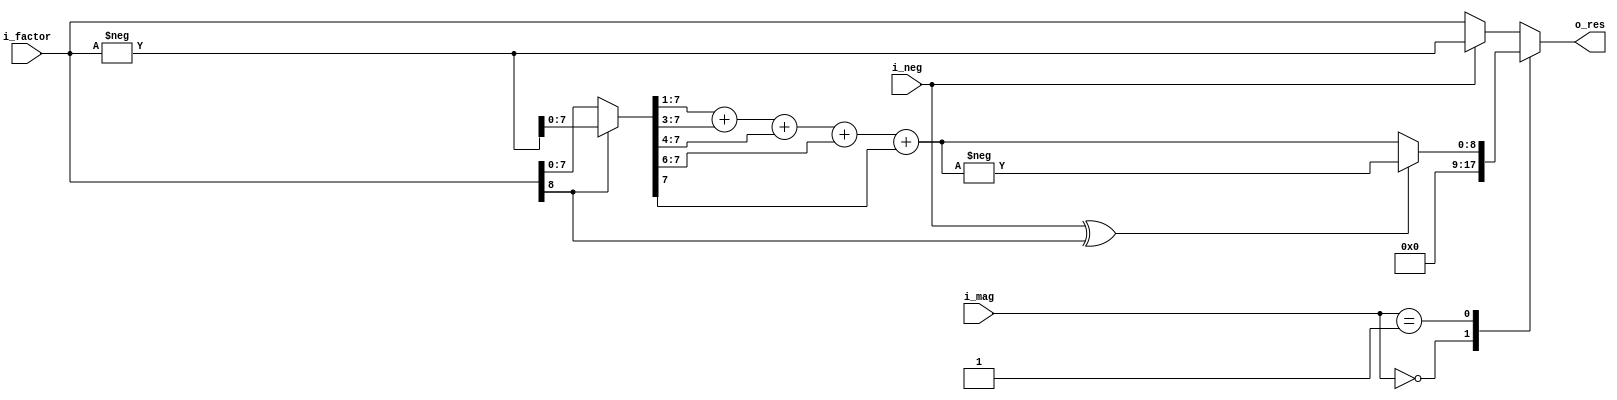
module multiply
  (
  input signed [8:0]      i_factor,
  input [1:0]             i_mag,
  input wire              i_neg,
  output reg signed [8:0] o_res
  );
  
  wire signed [8:0] w_abs = i_factor[8] ? -i_factor : i_factor;
  
  // We only expect i_mag to be 0, 1, 2 (0, 0.707, 1)
  always @(*) begin
    case (i_mag)
      2'b00:
        o_res = 9'b000000000;
      2'b01:
        o_res = i_neg^i_factor[8] ? -({2'b00, w_abs[7:1]} + {4'b0000, w_abs[7: 3]} + {5'b00000, w_abs[7: 4]} + {7'b0000000, w_abs[7:6]} + {8'b00000000, w_abs[7]})
                       : {2'b00, w_abs[7:1]} + {4'b0000, w_abs[7: 3]} + {5'b00000, w_abs[7: 4]} + {7'b0000000, w_abs[7:6]} + {8'b00000000, w_abs[7]};
      default:
        o_res = i_neg ? -i_factor : i_factor;
    endcase
  end
endmodule